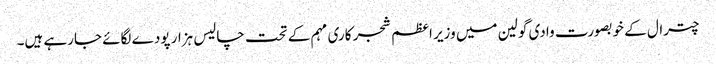
چترال کے خوبصورت وادی گولین میں وزیر اعظم شجر کاری مہم کے تحت چالیس ہزار پودے لگائے جارہے ہیں۔